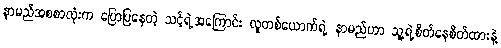
နာမည်အစစာလုံးက ပြောပြနေတဲ့ သင့်ရဲ့အကြောင်း လူတစ်ယောက်ရဲ့ နာမည်ဟာ သူ့ရဲ့စိတ်နေစိတ်ထားနဲ့